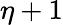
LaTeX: \eta+1